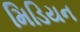
મિડિયન